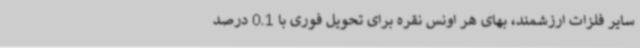
سایر فلزات ارزشمند، بهای هر اونس نقره برای تحویل فوری با 0.1 درصد